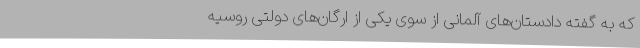
که به گفته دادستان‌های آلمانی از سوی یکی از ارگان‌های دولتی روسیه